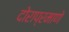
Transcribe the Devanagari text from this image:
दोराप्रमाणे